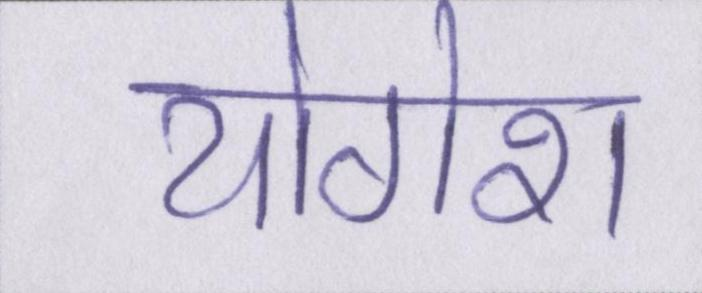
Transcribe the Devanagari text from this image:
योगेश